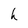
Character: h